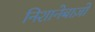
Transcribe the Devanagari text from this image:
निशानेबाज़ो